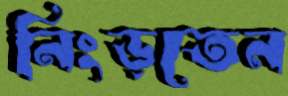
নিংড়তেন